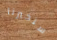
ستخبرنا